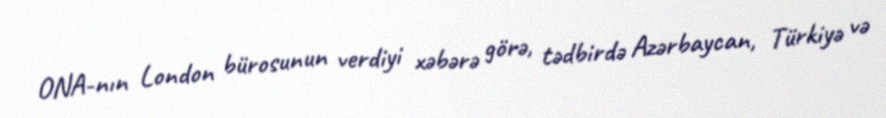
ONA-nın London bürosunun verdiyi xəbərə görə, tədbirdə Azərbaycan, Türkiyə və